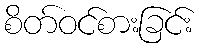
စိတ်ဝင်စားခြင်း